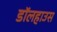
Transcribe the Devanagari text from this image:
डॉलहाउस